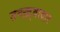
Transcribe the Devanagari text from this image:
तनख़्वादार